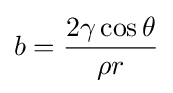
b={\frac {2\gamma \cos \theta }{\rho r}}